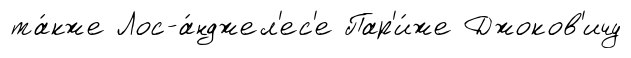
та́кже Лос-а́нджел'ес'е Пар'и́же Джоков'ичу